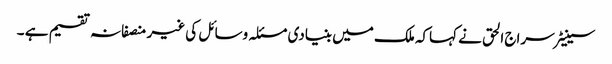
سینیٹر سراج الحق نے کہاکہ ملک میں بنیادی مسئلہ وسائل کی غیر منصفانہ تقسیم ہے ۔